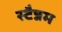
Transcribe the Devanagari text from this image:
स्टैन्नम